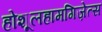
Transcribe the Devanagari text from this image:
होशूलहामगिज़ेत्स